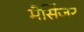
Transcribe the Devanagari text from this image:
मैसिंजर